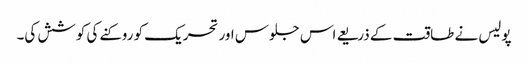
پولیس نے طاقت کے ذریعے اس جلوس اور تحریک کو روکنے کی کوشش کی۔